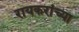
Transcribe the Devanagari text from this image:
रायकरांच्या